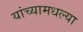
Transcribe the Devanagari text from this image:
यांच्यामधल्या